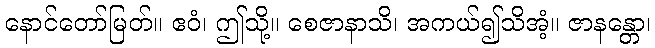
နောင်တော်မြတ်။ ဧဝံ၊ ဤသို့။ စေဇာနာသိ၊ အကယ်၍သိအံ့။ ဇာနန္တော၊